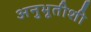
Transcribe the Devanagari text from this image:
अनुभूतीशी